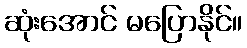
ဆုံးအောင် မပြောနိုင်။